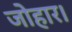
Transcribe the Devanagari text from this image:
जोहार।